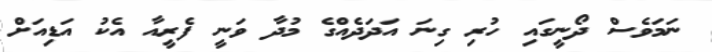
ނަމަވެސް ދޯނީގައި ހުރި ގިނަ އަދަދެއްގެ މުދާ ވަނީ ފެރީއާ އެކު އަޑިއަށް